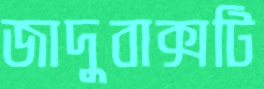
জাদুবাক্সটি